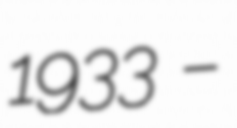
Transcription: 1933 –